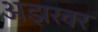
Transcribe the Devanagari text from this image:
अझरवर